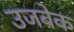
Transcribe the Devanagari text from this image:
उजबेक